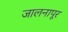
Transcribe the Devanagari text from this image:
जालनापूर